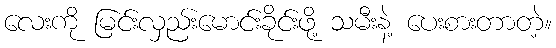
လေးကို မြင်းလှည်းမောင်းခိုင်းဖို့ သမီးနဲ့ ပေးစားတာတဲ့။